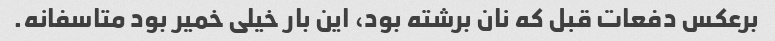
برعکس دفعات قبل که نان برشته بود، این بار خیلی خمیر بود متاسفانه.